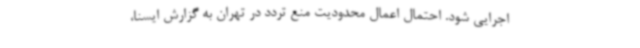
اجرایی شود. احتمال اعمال محدودیت منع تردد در تهران به گزارش ایسنا،